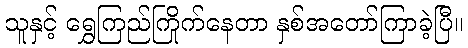
သူနှင့် ရွှေကြည်ကြိုက်နေတာ နှစ်အတော်ကြာခဲ့ပြီ။